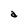
Character: a